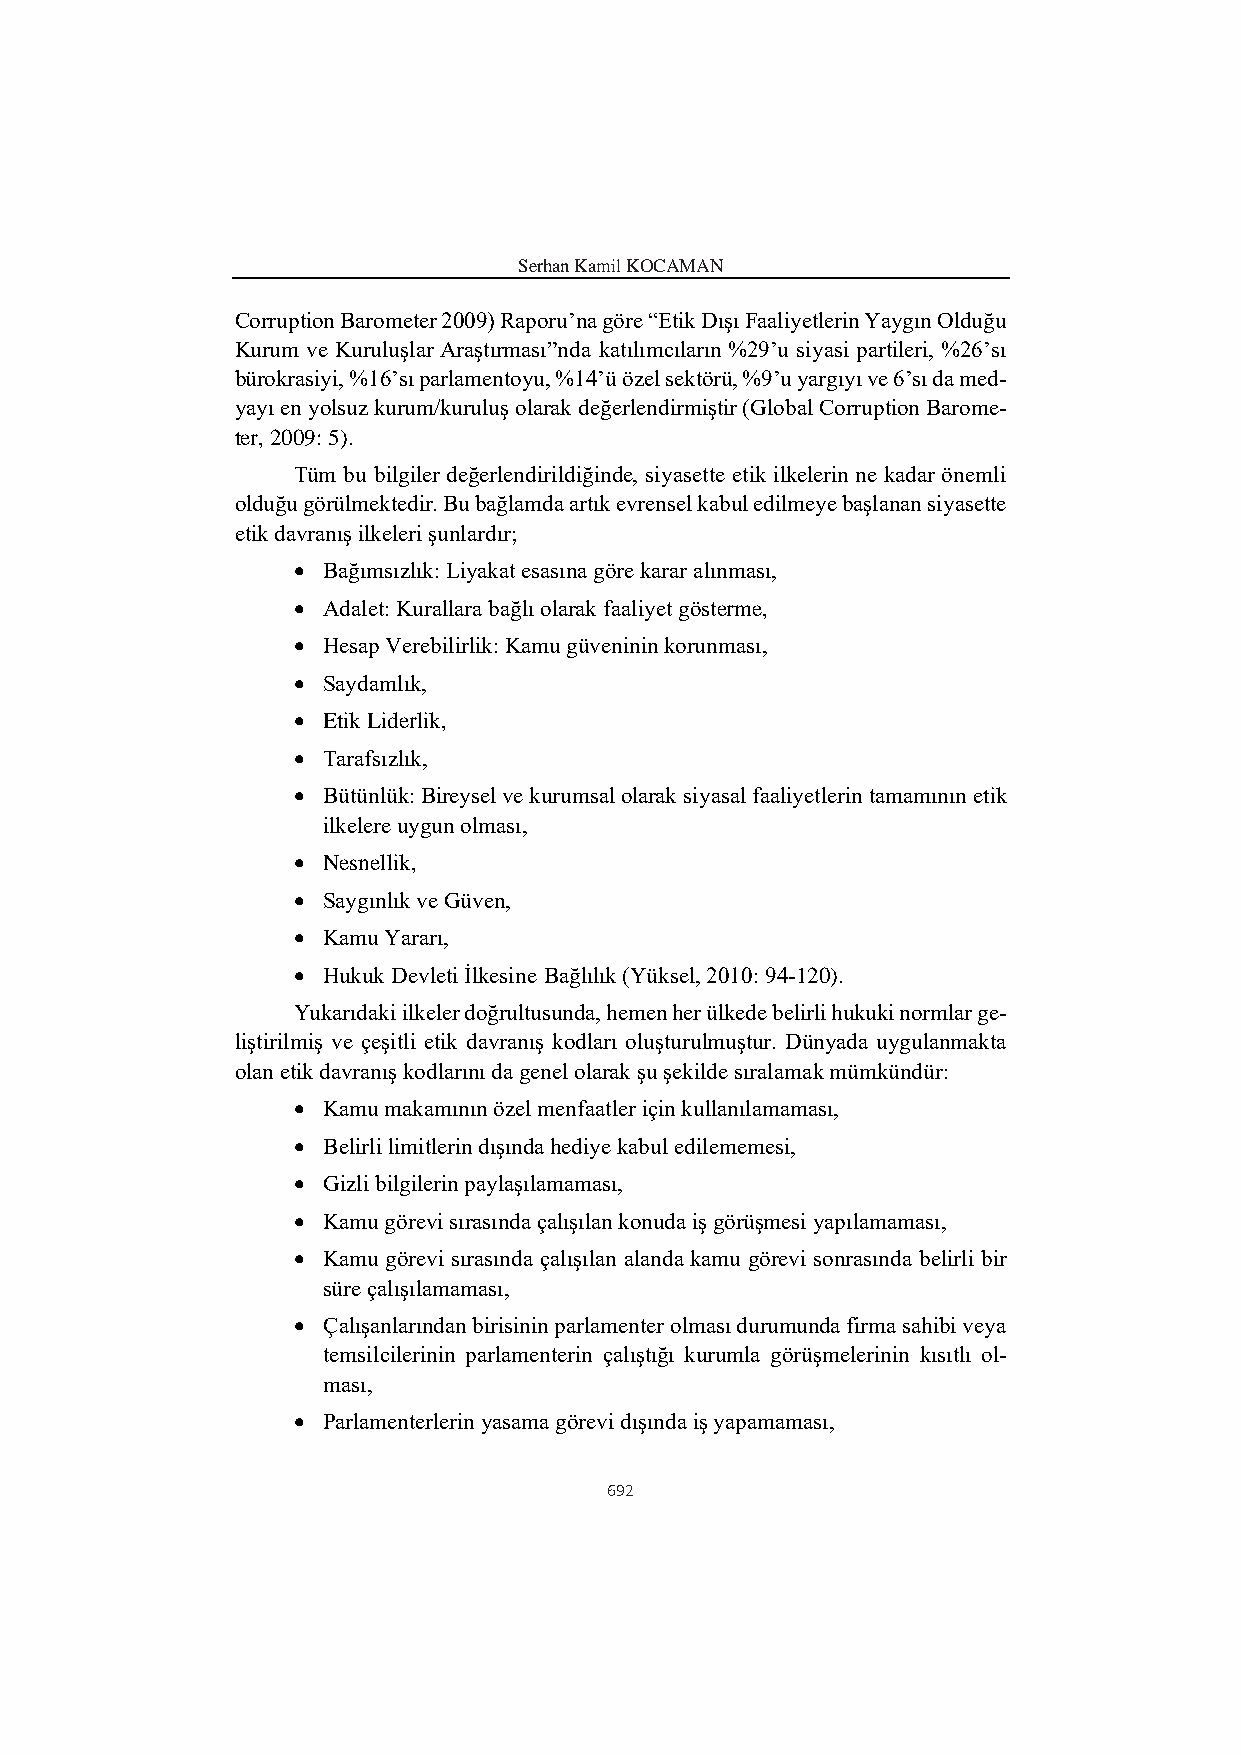
Serhan Kamil KOCAMAN
 Corruption Barometer 2009) Raporu’na göre “Etik Dışı Faaliyetlerin Yaygın Olduğu
 Kurum ve Kuruluşlar Araştırması”nda katılımcıların %29’u siyasi partileri, %26’sı
 bürokrasiyi, %16’sı parlamentoyu, %14’ü özel sektörü, %9’u yargıyı ve 6’sı da med-
 yayı en yolsuz kurum/kuruluş olarak değerlendirmiştir (Global Corruption Barome-
 ter, 2009: 5).
 Tüm bu bilgiler değerlendirildiğinde, siyasette etik ilkelerin ne kadar önemli
 olduğu görülmektedir. Bu bağlamda artık evrensel kabul edilmeye başlanan siyasette
 etik davranış ilkeleri şunlardır;
 • Bağımsızlık: Liyakat esasına göre karar alınması,
 • Adalet: Kurallara bağlı olarak faaliyet gösterme,
 • Hesap Verebilirlik: Kamu güveninin korunması,
 • Saydamlık,
 • Etik Liderlik,
 • Tarafsızlık,
 • Bütünlük: Bireysel ve kurumsal olarak siyasal faaliyetlerin tamamının etik
 ilkelere uygun olması,
 • Nesnellik,
 • Saygınlık ve Güven,
 • Kamu Yararı,
 • Hukuk Devleti İlkesine Bağlılık (Yüksel, 2010: 94-120).
 Yukarıdaki ilkeler doğrultusunda, hemen her ülkede belirli hukuki normlar ge-
 liştirilmiş ve çeşitli etik davranış kodları oluşturulmuştur. Dünyada uygulanmakta
 olan etik davranış kodlarını da genel olarak şu şekilde sıralamak mümkündür:
 • Kamu makamının özel menfaatler için kullanılamaması,
 • Belirli limitlerin dışında hediye kabul edilememesi,
 • Gizli bilgilerin paylaşılamaması,
 • Kamu görevi sırasında çalışılan konuda iş görüşmesi yapılamaması,
 • Kamu görevi sırasında çalışılan alanda kamu görevi sonrasında belirli bir
 süre çalışılamaması,
 • Çalışanlarından birisinin parlamenter olması durumunda firma sahibi veya
 temsilcilerinin parlamenterin çalıştığı kurumla görüşmelerinin kısıtlı ol-
 ması,
 • Parlamenterlerin yasama görevi dışında iş yapamaması,
 692